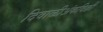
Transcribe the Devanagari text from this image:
दिवाळीअंकविक्री